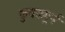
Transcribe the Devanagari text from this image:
कुचक्रपूर्ण